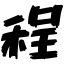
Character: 程